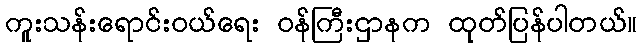
ကူးသန်းရောင်းဝယ်ရေး ဝန်ကြီးဌာနက ထုတ်ပြန်ပါတယ်။